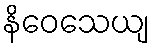
နိဝေသေယျ